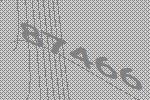
87466